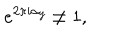
e ^ { 2 \pi i \alpha _ { j } } \neq 1 ,